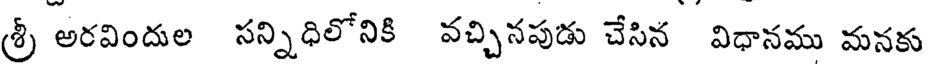
శ్రీ అరవిందుల సన్నిధిలోనికి వచ్చినపుడు చేసిన విధానము మనకు